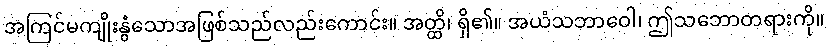
အကြင်မကျိုးနွံသောအဖြစ်သည်လည်းကောင်း။ အတ္ထိ၊ ရှိ၏။ အယံသဘာဝေါ၊ ဤသဘောတရားကို။